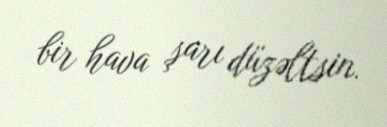
bir hava şarı düzəltsin.